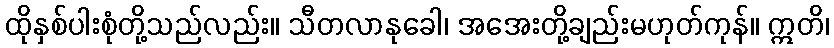
ထိုနှစ်ပါးစုံတို့သည်လည်း။ သီတလာနုခေါ၊ အအေးတို့ချည်းမဟုတ်ကုန်။ ဣတိ၊